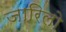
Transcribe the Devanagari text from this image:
ज़ारिलो